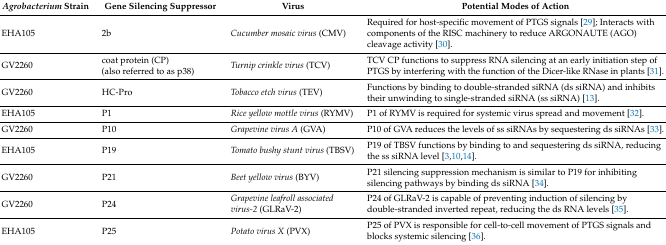
<table><thead><tr><td><b><i>Agrobacterium</i> Strain</b></td><td><b>Gene Silencing Suppressor</b></td><td><b>Virus</b></td><td><b>Potential Modes of Action</b></td></tr></thead><tbody><tr><td>EHA105</td><td>2b</td><td><i>Cucumber mosaic virus</i> (CMV)</td><td>Required for host-specific movement of PTGS signals [29]; Interacts with components of the RISC machinery to reduce ARGONAUTE (AGO) cleavage activity [30].</td></tr><tr><td>GV2260</td><td>coat protein (CP) (also referred to as p38)</td><td><i>Turnip crinkle virus</i> (TCV)</td><td>TCV CP functions to suppress RNA silencing at an early initiation step of PTGS by interfering with the function of the Dicer-like RNase in plants [31].</td></tr><tr><td>GV2260</td><td>HC-Pro</td><td><i>Tobacco etch virus</i> (TEV)</td><td>Functions by binding to double-stranded siRNA (ds siRNA) and inhibits their unwinding to single-stranded siRNA (ss siRNA) [13].</td></tr><tr><td>EHA105</td><td>P1</td><td><i>Rice yellow mottle virus</i> (RYMV)</td><td>P1 of RYMV is required for systemic virus spread and movement [32].</td></tr><tr><td>GV2260</td><td>P10</td><td><i>Grapevine virus A</i> (GVA)</td><td>P10 of GVA reduces the levels of ss siRNAs by sequestering ds siRNAs [33].</td></tr><tr><td>EHA105</td><td>P19</td><td><i>Tomato bushy stunt virus</i> (TBSV)</td><td>P19 of TBSV functions by binding to and sequestering ds siRNA, reducing the ss siRNA level [3,10,14].</td></tr><tr><td>GV2260</td><td>P21</td><td><i>Beet yellow virus</i> (BYV)</td><td>P21 silencing suppression mechanism is similar to P19 for inhibiting silencing pathways by binding ds siRNA [34].</td></tr><tr><td>GV2260</td><td>P24</td><td><i>Grapevine leafroll associated virus-2</i> (GLRaV-2)</td><td>P24 of GLRaV-2 is capable of preventing induction of silencing by double-stranded inverted repeat, reducing the ds RNA levels [35].</td></tr><tr><td>EHA105</td><td>P25</td><td><i>Potato virus X</i> (PVX)</td><td>P25 of PVX is responsible for cell-to-cell movement of PTGS signals and blocks systemic silencing [36].</td></tr></tbody></table>